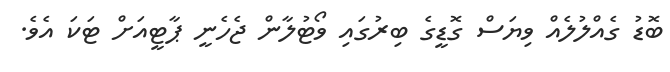
ބޮޑު ގެއްލުލެއް ވިޔަސް ގޮޑީގެ ބިރުގައި ވޯޓުލާން ޖެހެނީ ޕާޓީއަށް ޓަކަ އެވެ.